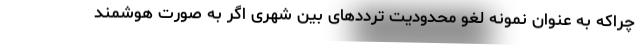
چراکه به عنوان نمونه لغو محدودیت ترددهای بین شهری اگر به صورت هوشمند